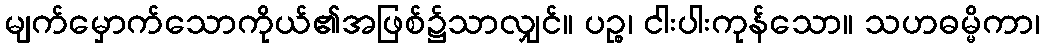
မျက်မှောက်သောကိုယ်၏အဖြစ်၌သာလျှင်။ ပဉ္စ၊ ငါးပါးကုန်သော။ သဟဓမ္မိကာ၊